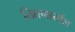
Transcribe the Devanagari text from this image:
निघणार्याल